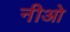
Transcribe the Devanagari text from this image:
नीओ